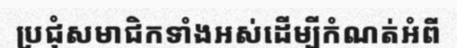
ប្រជុំសមាជិកទាំងអស់ដើម្បីកំណត់អំពី